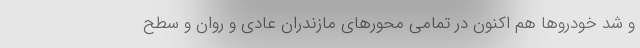
و شد خودرو‌ها هم اکنون در تمامی محور‌های مازندران عادی و روان و سطح